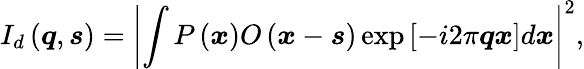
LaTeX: I_{d}\left(\boldsymbol{q},\boldsymbol{s}\right)=\left|\int P\left(\boldsymbol{x}\right)O\left(\boldsymbol{x}-\boldsymbol{s}\right)\exp\left[-i2\pi\boldsymbol{q}\boldsymbol{x}\right]d\boldsymbol{x}\right|^{2},